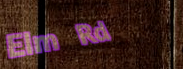
Elm Rd